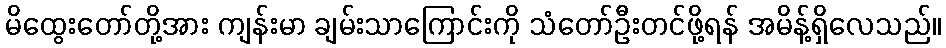
မိထွေးတော်တို့အား ကျန်းမာ ချမ်းသာကြောင်းကို သံတော်ဦးတင်ဖို့ရန် အမိန့်ရှိလေသည်။